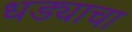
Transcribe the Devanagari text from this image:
धड्याचा